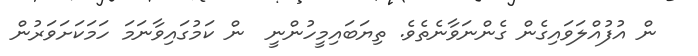
ން އުފުއްލަވައިގެން ގެންނަވާނެތެވެ. ތިޔަބައިމީހުންނީ  ން ކަމުގައިވާނަމަ ހަމަކަށަވަރުން